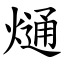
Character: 熥